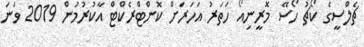
ޗެލްސީގެ ކޯޗު ހޯސޭ މޮރީނިއޯ ހަތަރު އަހަރަށް ކޮންޓްރެކްޓް އާކުރުމުން 2019 ވަނަ